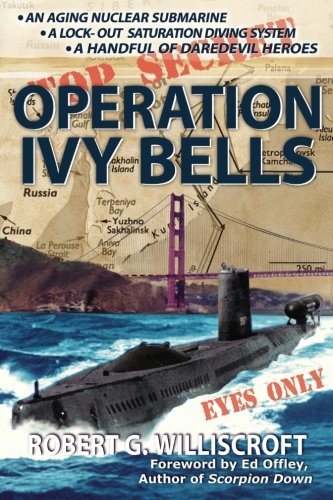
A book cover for Operation Ivy Bells; Robert G. Williscroft; Literature & Fiction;